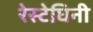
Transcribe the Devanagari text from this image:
रेस्टेघिनी